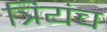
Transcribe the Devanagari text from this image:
त्रियंच